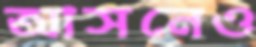
আসনেও